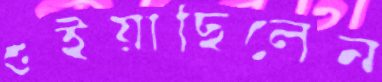
শুইয়াছিলেন